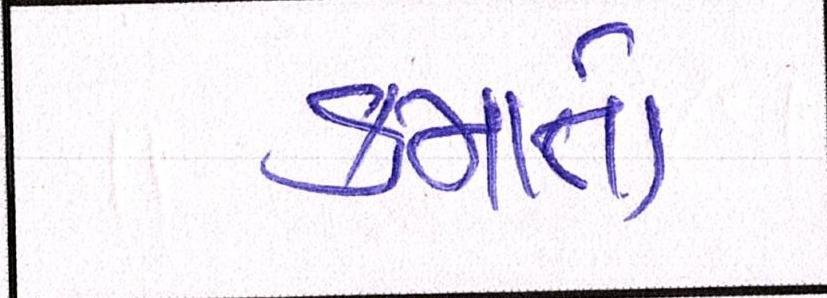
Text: કમાતો